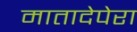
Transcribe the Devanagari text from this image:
मातादेपेरा